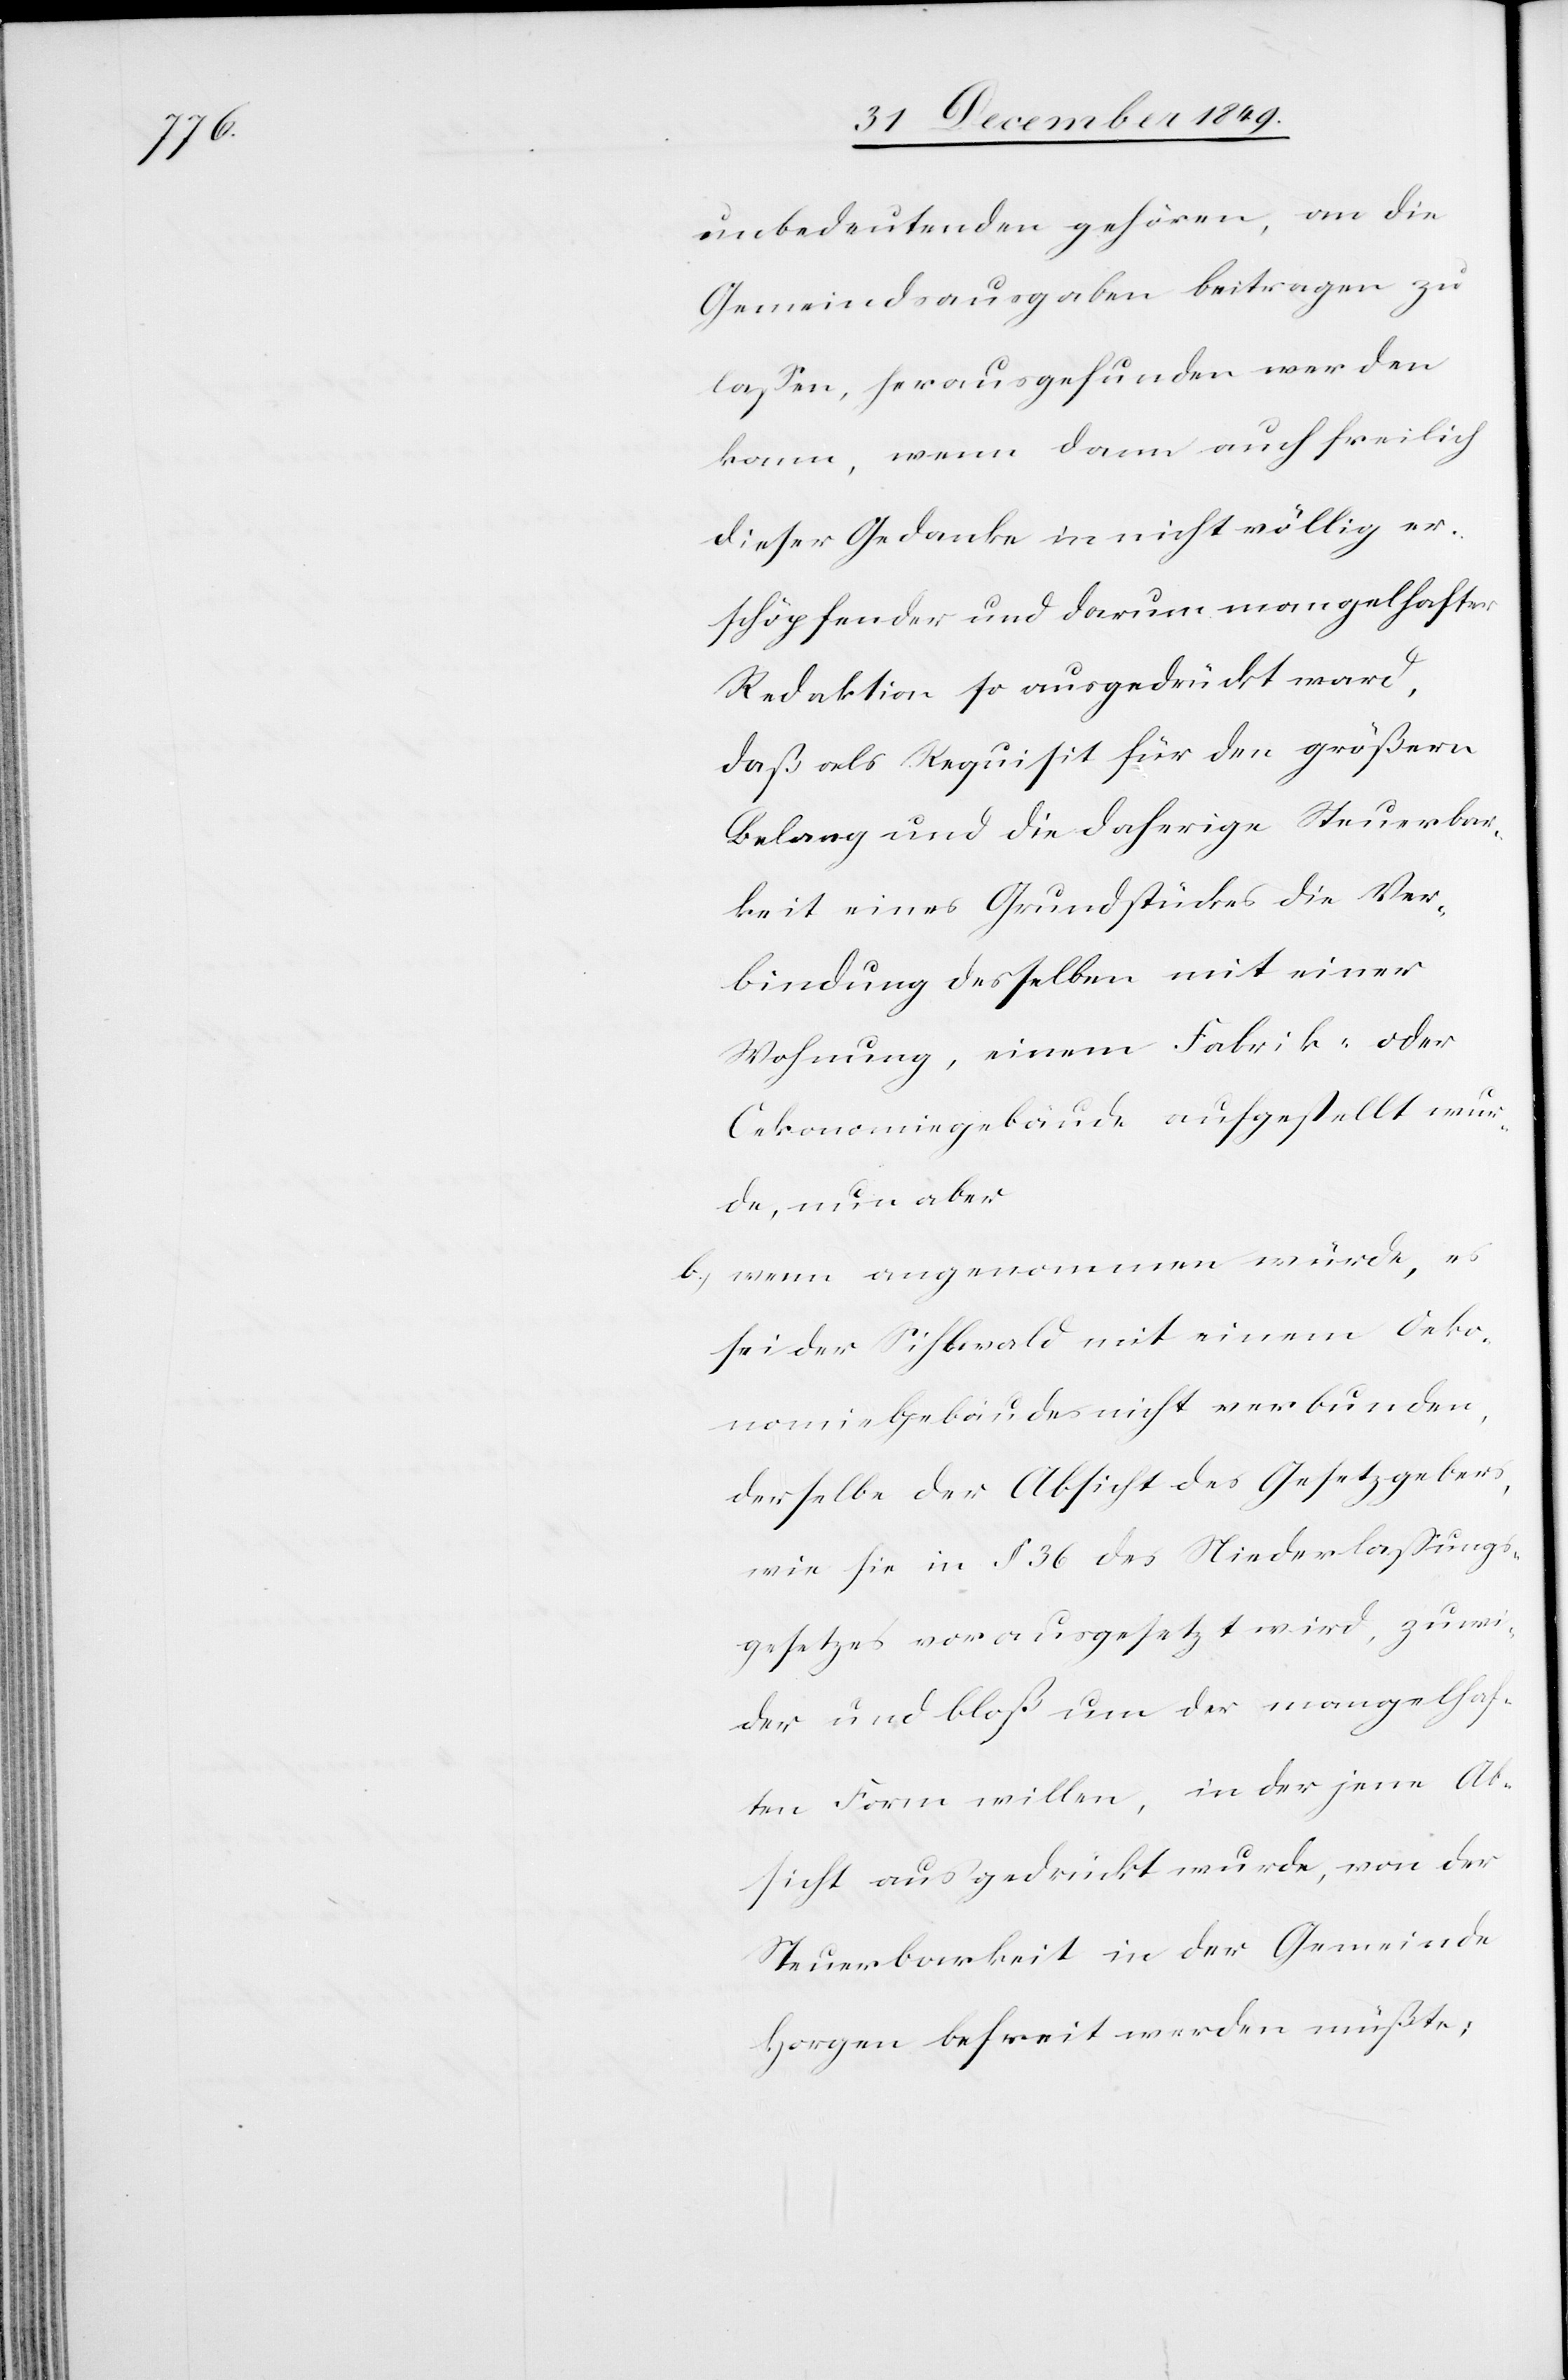
unbedeutenden gehören, an die
Gemeindsausgaben beitragen zu
laßen, herausgefunden werden
kann, wenn dann auch freilich
dieser Gedanke in nicht völlig er¬
schöpfender und darum mangelhafter
Redaktion so ausgedrückt ward,
daß als Requisit für den größern
Belang und die daherige Steuerbar¬
keit eines Grundstückes die Ver¬
bindung desselben mit einer
Wohnung, einem Fabrik- oder
Oekonomiegebäude aufgestellt wur¬
de, nun aber
b) wenn angenommen würde, es
sei der Sihlwald mit einem Oeko¬
nomiegebäude nicht verbunden,
derselbe der Absicht des Gesetzgebers,
wie sie in § 36 des Niederlaßungs¬
gesetzes vorausgesetzt wird, zuwi¬
der und bloß um der mangelhaf¬
ten Form willen, in der jene Ab¬
sicht ausgedrückt wurde, von der
Steuerbarkeit in der Gemeinde
Horgen befreit werden müßte,